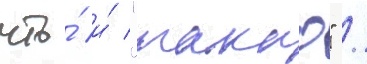
что́ и́ "такао" /